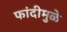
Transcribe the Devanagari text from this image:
फांदीमुळे